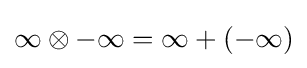
\infty \otimes -\infty =\infty +(-\infty )